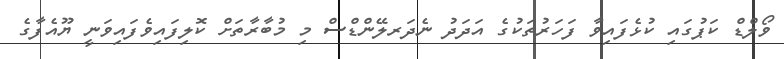
ވޯލްޑް ކަޕުގައި ކުޅެފައިވާ ފަހަރުތަކުގެ އަދަދު ނެދަރލޭންޑްސް މި މުބާރާތަށް ކޮލިފައިވެފައިވަނީ ޔޫއެފާގެ